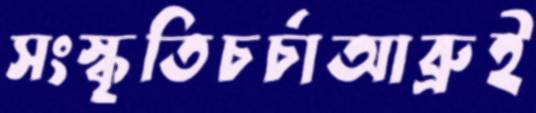
সংস্কৃতিচর্চাআব্রুই